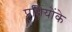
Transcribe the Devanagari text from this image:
प्रतियोंके